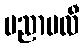
ပညာဗလီ